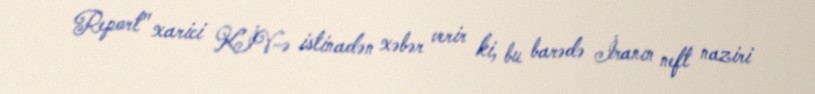
Report" xarici KİV-ə istinadən xəbər verir ki, bu barədə İranın neft naziri